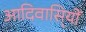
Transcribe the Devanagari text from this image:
आदिवासि्यों